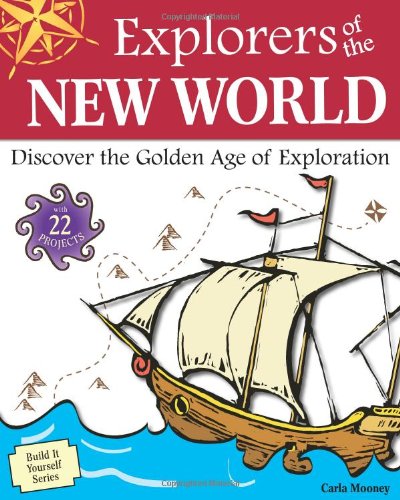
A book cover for Explorers of the New World: Discover the Golden Age of Exploration With 22 Projects (Build It Yourself); Carla Mooney; Children's Books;